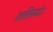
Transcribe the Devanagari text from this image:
शक्तियो।